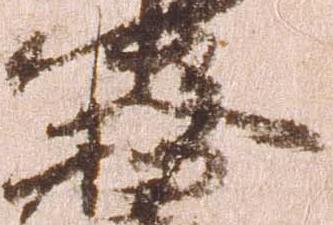
務